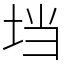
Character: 垱